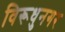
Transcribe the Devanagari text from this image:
विरूधुनगर